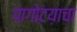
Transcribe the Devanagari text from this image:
पागोटय़ाचा